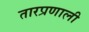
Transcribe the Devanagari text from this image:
तारप्रणाली